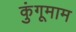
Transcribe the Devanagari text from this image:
कुंगूमाम